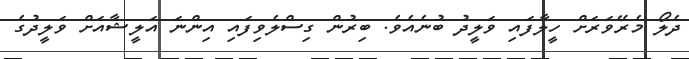
ދެލޯ މެރޭވަރަށް ހީލާފައި ވަލީދު ބުނެއެވެ. ބިރުން ގިސްލެވިފައި އިންނަ އަލީޝާއަށް ވަަލީދުގެ